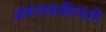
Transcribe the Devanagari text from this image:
अंतराळवीरांशी